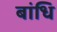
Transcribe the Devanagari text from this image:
बांधि